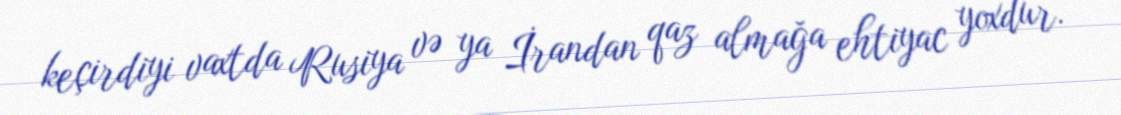
keçirdiyi vaxtda Rusiya və ya İrandan qaz almağa ehtiyac yoxdur.